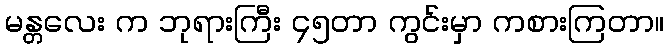
မန္တလေး က ဘုရားကြီး ၄၅တာ ကွင်းမှာ ကစားကြတာ။